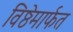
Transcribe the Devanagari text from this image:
विष्ठेमार्फत